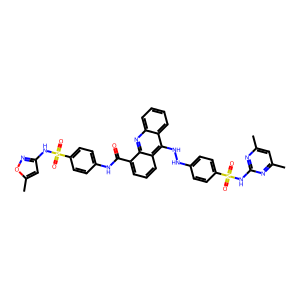
SMILES: Cc1cc(C)nc(NS(=O)(=O)c2ccc(NNc3c4ccccc4nc4c(C(=O)Nc5ccc(S(=O)(=O)Nc6cc(C)on6)cc5)cccc34)cc2)n1
Inhibits HIV replication: No